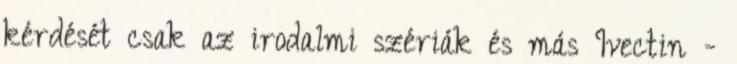
kérdését csak az irodalmi szériák és más Ivectin -